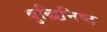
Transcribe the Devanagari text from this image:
बुद्धिनि़ष्ठ